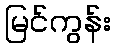
မြင်ကွန်း